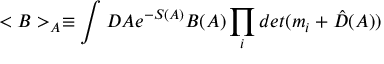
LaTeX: < B > _ { A } \equiv \int D A e ^ { - S ( A ) } B ( A ) \prod _ { i } d e t ( m _ { i } + \hat { D } ( A ) )